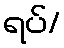
ရပ်/